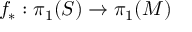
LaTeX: f _ { * } : \pi _ { 1 } ( S ) \to \pi _ { 1 } ( M )